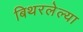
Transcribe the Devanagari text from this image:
बिथरलेल्या